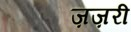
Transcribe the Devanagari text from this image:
ज़ज़री